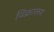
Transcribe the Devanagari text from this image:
विक्रालय